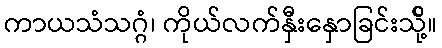
ကာယသံသဂ္ဂံ၊ ကိုယ်လက်နှီးနှောခြင်းသို့်။